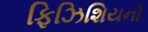
ફિઝિશિયનો